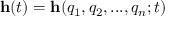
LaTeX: \mathbf { h } ( t ) = \mathbf { h } ( q _ { 1 } , q _ { 2 } , . . . , q _ { n } ; t )